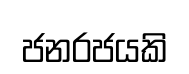
ජනරජයකි